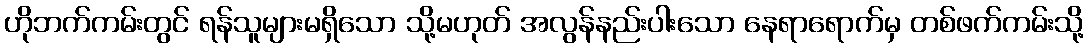
ဟိုဘက်ကမ်းတွင် ရန်သူများမရှိသော သို့မဟုတ် အလွန်နည်းပါးသော နေရာရောက်မှ တစ်ဖက်ကမ်းသို့